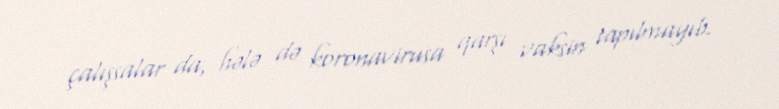
çalışsalar da, hələ də koronavirusa qarşı vaksin tapılmayıb.